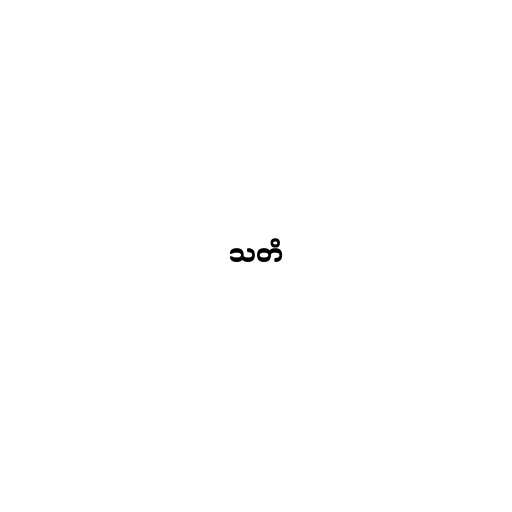
သတိ